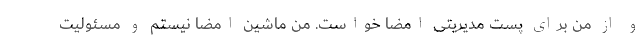
و از من برای پست مدیریتی امضا خواست. من ماشین امضا نیستم و مسئولیت